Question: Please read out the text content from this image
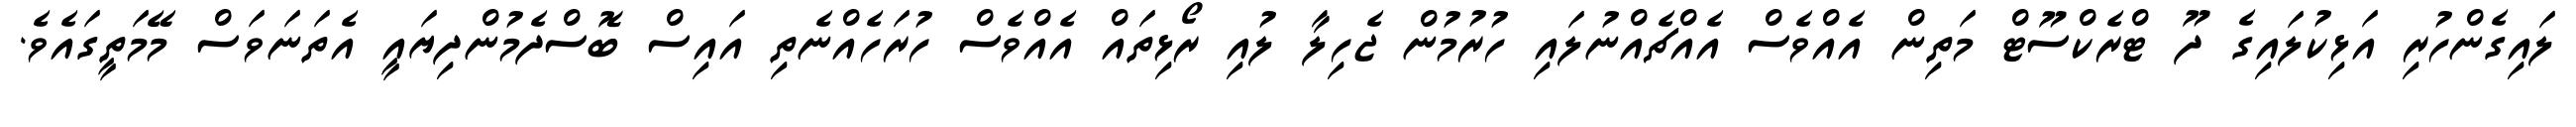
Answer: ލައިގެންހުރި އަޅިކުލައިގެ ދޫ ޓްރެކްސޫޓް މަތިން އެއްވެސް އެއްޗެއްނުލައި ހުރުމުން ޖެހިލާ ލުއި ރޯޅިތައް އެއްވެސް ހުރަހެއްނެތި އައިސް ބޮސްދެމުންދިޔައީ އެތަނަވަސް މޭމަތީގައެވެ.